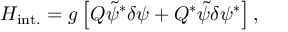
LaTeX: H _ { \mathrm { i n t . } } = g \left[ Q { \tilde { \psi } } ^ { * } \delta \psi + Q ^ { * } { \tilde { \psi } } \delta \psi ^ { * } \right] ,